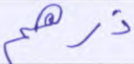
ذرهم